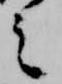
之